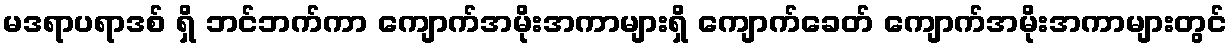
မဒရာပရာဒစ် ရှိ ဘင်ဘက်ကာ ကျောက်အမိုးအကာများရှိ ကျောက်ခေတ် ကျောက်အမိုးအကာများတွင်